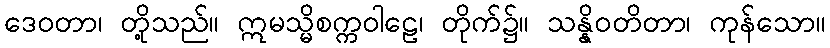
ဒေဝတာ၊ တို့သည်။ ဣမသ္မိစက္ကဝါဠေ၊ တိုက်၌။ သန္နိဝတိတာ၊ ကုန်သော။